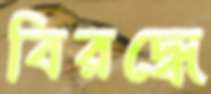
বিরদ্ধে